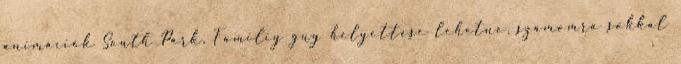
animációk South Park, Familiy guy helyettese lehetne, számomra sokkal